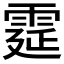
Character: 𩃀